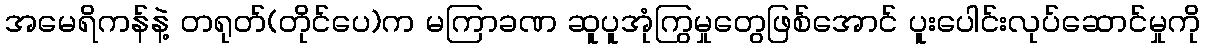
အမေရိကန်နဲ့ တရုတ်(တိုင်ပေ)က မကြာခဏ ဆူပူအုံကြွမှုတွေဖြစ်အောင် ပူးပေါင်းလုပ်ဆောင်မှုကို